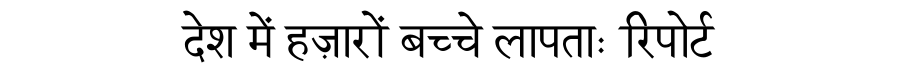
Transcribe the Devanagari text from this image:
देश में हज़ारों बच्चे लापताः रिपोर्ट